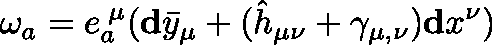
\mathbf { \omega } _ { a } = e _ { a } ^ { \; \mu } ( \mathbf { d } \bar { y } _ { \mu } + ( \hat { h } _ { \mu \nu } + \gamma _ { \mu , \nu } ) \mathbf { d } x ^ { \nu } )